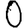
Digit: 0